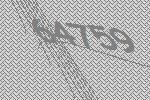
64759